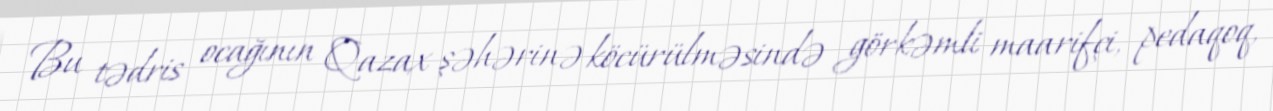
Bu tədris ocağının Qazax şəhərinə köcürülməsində görkəmli maarifçi, pedaqoq,